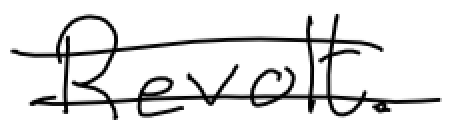
Text: Revolt.
Cross-out: double-line
Writing tool: digital_black